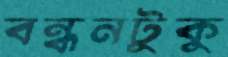
বন্ধনটুকু